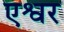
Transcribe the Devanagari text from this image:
एश्वर